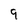
Character: 9